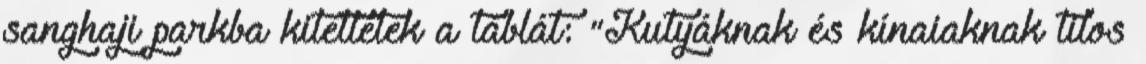
sanghaji parkba kitettétek a táblát: "Kutyáknak és kínaiaknak tilos